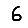
Digit: 6